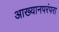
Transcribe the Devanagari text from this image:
आख्यानपरंपरा